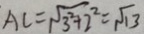
A C = \sqrt { 3 ^ { 2 } + 2 ^ { 2 } } = \sqrt { 1 3 }